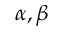
\alpha , \beta